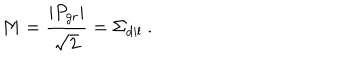
M = \frac { | P _ { \mathrm { g r } } | } { \sqrt { 2 } } = \Sigma _ { \mathrm { d i l } } \ .